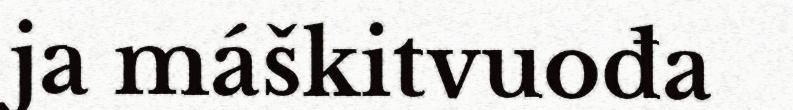
ja máškitvuođa